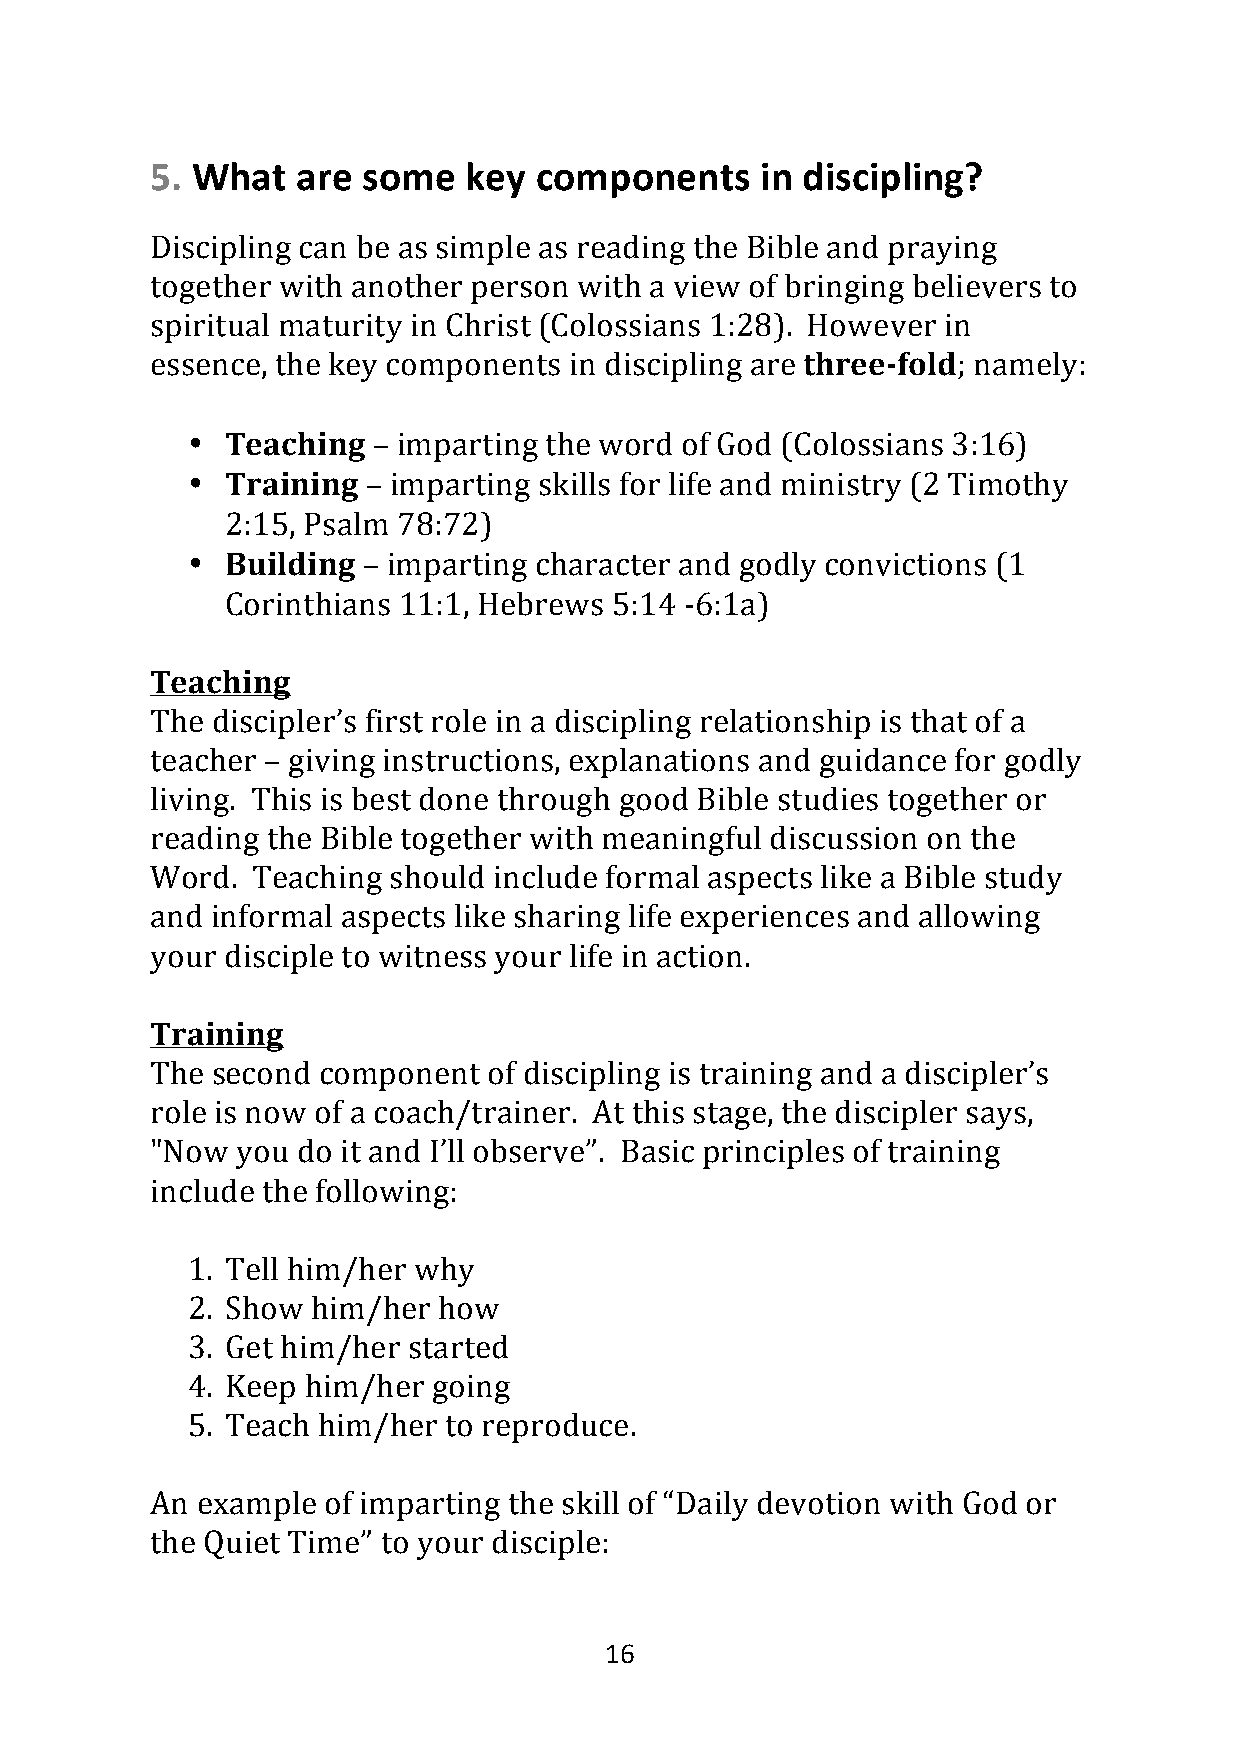
5. What   are some   key components     in discipling?
 Discipling can be as simple as reading the Bible and praying
 together with another person with a view of bringing believers to
 spiritual maturity in Christ (Colossians 1:28). However in
 essence, the key components in discipling are three-fold; namely:
 •  Teaching  – imparting the word of God (Colossians 3:16)
 •  Training – imparting skills for life and ministry (2 Timothy
 2:15, Psalm 78:72)
 •  Building – imparting character and godly convictions (1
 Corinthians 11:1, Hebrews 5:14 -6:1a)
 Teaching
 The discipler’s first role in a discipling relationship is that of a
 teacher – giving instructions, explanations and guidance for godly
 living. This is best done through good Bible studies together or
 reading the Bible together with meaningful discussion on the
 Word.  Teaching should include formal aspects like a Bible study
 and informal aspects like sharing life experiences and allowing
 your disciple to witness your life in action.
 Training
 The second component  of discipling is training and a discipler’s
 role is now of a coach/trainer. At this stage, the discipler says,
 "Now  you do it and I’ll observe”. Basic principles of training
 include the following:
 1. Tell him/her why
 2. Show  him/her how
 3. Get him/her started
 4. Keep him/her  going
 5. Teach him/her to reproduce.
 An example of imparting the skill of “Daily devotion with God or
 the Quiet Time” to your disciple:
 16